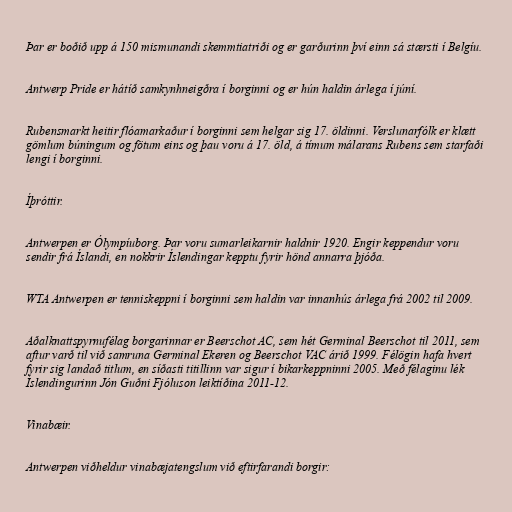
Þar er boðið upp á 150 mismunandi skemmtiatriði og er garðurinn því einn sá stærsti í Belgíu.

Antwerp Pride er hátíð samkynhneigðra í borginni og er hún haldin árlega í júní.

Rubensmarkt heitir flóamarkaður í borginni sem helgar sig 17. öldinni. Verslunarfólk er klætt
gömlum búningum og fötum eins og þau voru á 17. öld, á tímum málarans Rubens sem starfaði
lengi í borginni.

Íþróttir.

Antwerpen er Ólympíuborg. Þar voru sumarleikarnir haldnir 1920. Engir keppendur voru
sendir frá Íslandi, en nokkrir Íslendingar kepptu fyrir hönd annarra þjóða.

WTA Antwerpen er tenniskeppni í borginni sem haldin var innanhús árlega frá 2002 til 2009.

Aðalknattspyrnufélag borgarinnar er Beerschot AC, sem hét Germinal Beerschot til 2011, sem
aftur varð til við samruna Germinal Ekeren og Beerschot VAC árið 1999. Félögin hafa hvert
fyrir sig landað titlum, en síðasti titillinn var sigur í bikarkeppninni 2005. Með félaginu lék
Íslendingurinn Jón Guðni Fjóluson leiktíðina 2011-12.

Vinabæir.

Antwerpen viðheldur vinabæjatengslum við eftirfarandi borgir: